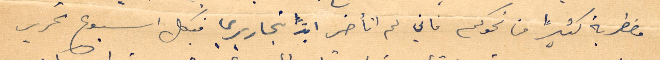
مضطربة كثيرًا من نحوكم فاني لم أتأخر ابدًأ بتحاريري قبكل أسبوع تحرير